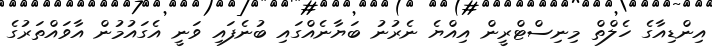
އިންޑިއާގެ ހެލްތް މިނިސްޓްރީން އިއްޔެ ނެރުނު ބަޔާނެއްގައި ބުނެފައި ވަނީ އެގައުމުން އާވައްތަރުގެ